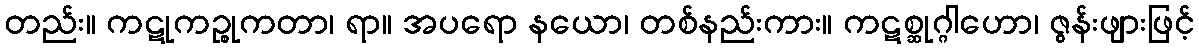
တည်း။ ကဋုကဉ္စုကတာ၊ ရာ။ အပရော နယော၊ တစ်နည်းကား။ ကဋစ္ဆုဂ္ဂါဟော၊ ဇွန်းဖျားဖြင့်